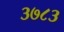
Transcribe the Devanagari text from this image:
३७८३